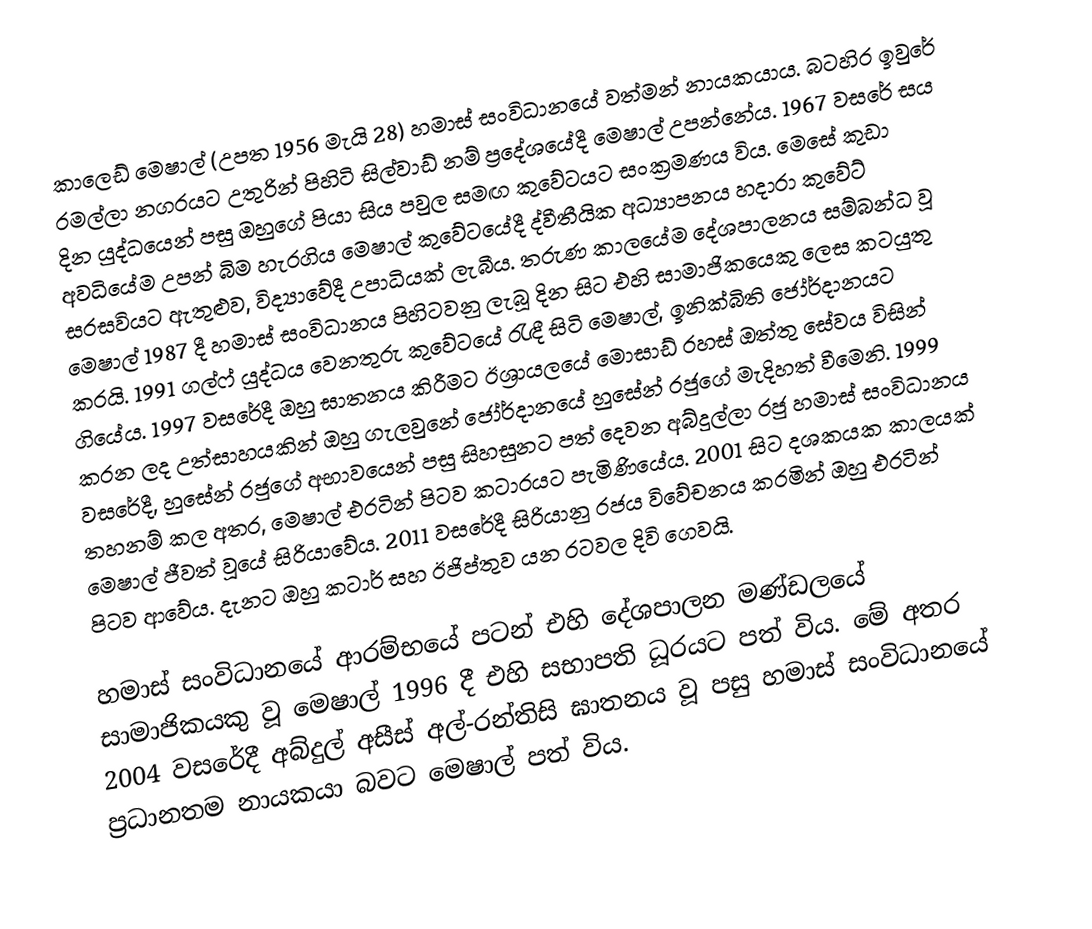
කාලෙඩ් මෙෂාල් (උපත 1956 මැයි 28) හමාස් සංවිධානයේ වත්මන් නායකයාය. බටහිර ඉවුරේ රමල්ලා නගරයට උතුරින් පිහිටි සිල්වාඩ් නම් ප්‍රදේශයේදී මෙෂාල් උපන්නේය. 1967 වසරේ සය දින යුද්ධයෙන් පසු ඔහුගේ පියා සිය පවුල සමඟ කුවේටයට සංක්‍රමණය විය. මෙසේ කුඩා අවධියේම උපන් බිම හැරගිය මෙෂාල් කුවේටයේදී ද්වීතීයික අධ්‍යාපනය හදාරා කුවේට් සරසවියට ඇතුළුව, විද්‍යාවේදී උපාධියක් ලැබීය. තරුණ කාලයේම දේශපාලනය සම්බන්ධ වූ මෙෂාල් 1987 දී හමාස් සංවිධානය පිහිටවනු ලැබූ දින සිට එහි සාමාජිකයෙකු ලෙස කටයුතු කරයි. 1991 ගල්ෆ් යුද්ධය වෙනතුරු කුවේටයේ රැඳී සිටි මෙෂාල්, ඉනික්බිති ජෝර්දානයට ගියේය. 1997 වසරේදී ඔහු ඝාතනය කිරීමට ඊශ්‍රායලයේ මොසාඩ් රහස් ඔත්තු සේවය විසින් කරන ලද උත්සාහයකින් ඔහු ගැලවුනේ ජෝර්දානයේ හුසේන් රජුගේ මැදිහත් වීමෙනි. 1999 වසරේදී, හුසේන් රජුගේ අභාවයෙන් පසු සිහසුනට පත් දෙවන අබ්දුල්ලා රජු හමාස් සංවිධානය තහනම් කල අතර, මෙෂාල් එරටින් පිටව කටාරයට පැමිණියේය. 2001 සිට දශකයක කාලයක් මෙෂාල් ජීවත් වූයේ සිරියාවේය.  2011 වසරේදී සිරියානු රජය විවේචනය කරමින් ඔහු එරටින් පිටව ආවේය. දැනට ඔහු කටාර් සහ ඊජිප්තුව යන රටවල දිවි ගෙවයි.

හමාස් සංවිධානයේ ආරම්භයේ පටන් එහි දේශපාලන මණ්ඩලයේ සාමාජිකයකු වූ මෙෂාල් 1996 දී එහි සභාපති ධූරයට පත් විය. මේ අතර 2004 වසරේදී අබ්දුල් අසීස් අල්-රන්තිසි ඝාතනය වූ පසු හමාස් සංවිධානයේ ප්‍රධානතම නායකයා බවට මෙෂාල් පත් විය.